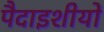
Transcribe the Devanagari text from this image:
पैदाइशीयों